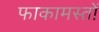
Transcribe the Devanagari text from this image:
फाकामस्तों